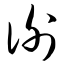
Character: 谢